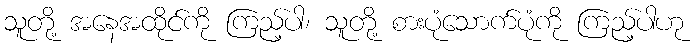
သူတို့ အနေအထိုင်ကို ကြည့်ပါ၊ သူတို့ စားပုံသောက်ပုံကို ကြည့်ပါဟု